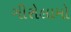
ગીરોલામો